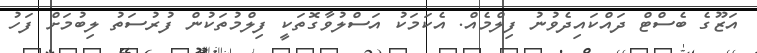
އަޒޫގެ ބެސްޓް ދައްކައިދެވުނު ފިލްމެއް. އެކަމަކު އަސްލުވާގޮތަކީ ފިލްމުތަކުން ފުރުސަތު ލިބުމަށް ފަހު